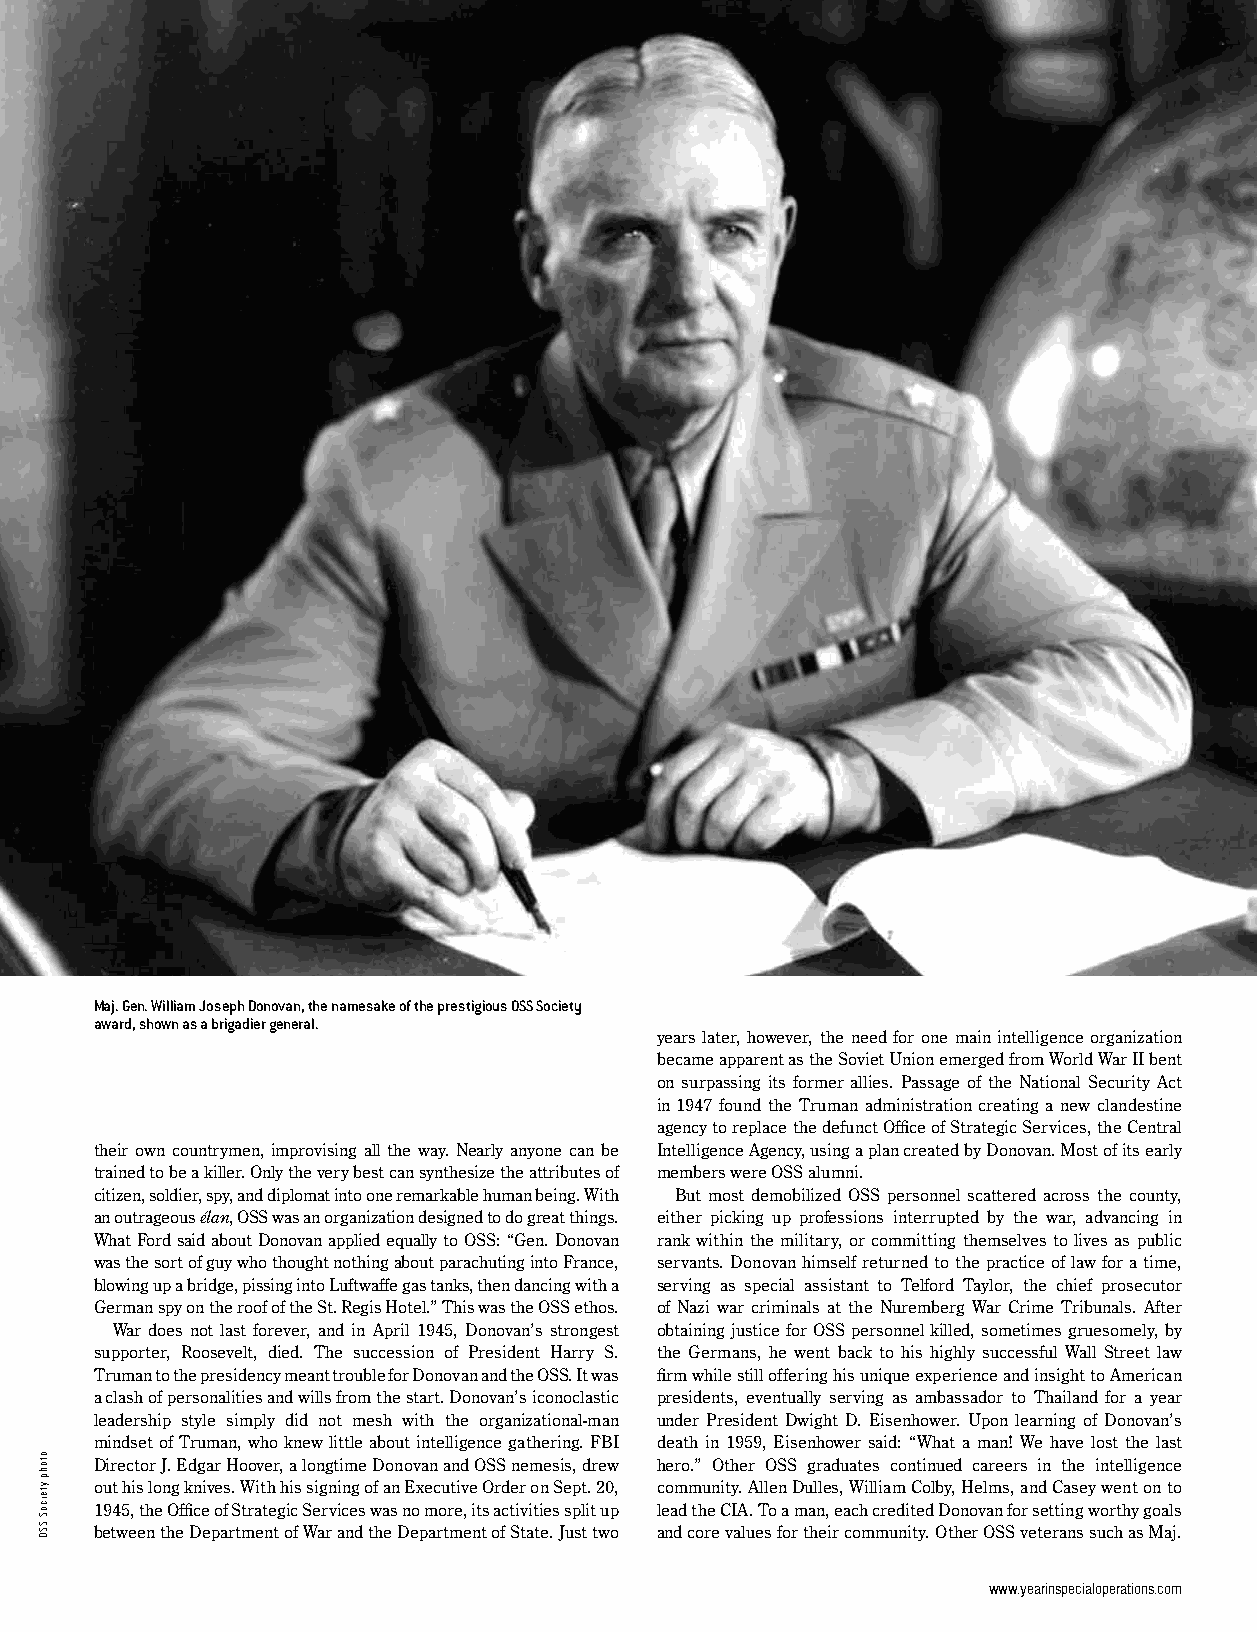
oss society 89 89
 Maj. Gen. William Joseph Donovan, the namesake of the prestigious OSS Society
 award, shown as a brigadier general.
 years later, however, the need for one main intelligence organization
 became apparent as the Soviet Union emerged from World War II bent
 on surpassing its former allies. Passage of the National Security Act
 in 1947 found the Truman administration creating a new clandestine
 agency to replace the defunct Office of Strategic Services, the Central
 their own countrymen, improvising all the way. Nearly anyone can be Intelligence Agency, using a plan created by Donovan. Most of its early
 trained to be a killer. Only the very best can synthesize the attributes of members were OSS alumni.
 citizen, soldier, spy, and diplomat into one remarkable human being. With But most demobilized OSS personnel scattered across the county,
 an outrageous élan, OSS was an organization designed to do great things. either picking up professions interrupted by the war, advancing in
 What Ford said about Donovan applied equally to OSS: “Gen. Donovan rank within the military, or committing themselves to lives as public
 was the sort of guy who thought nothing about parachuting into France, servants. Donovan himself returned to the practice of law for a time,
 blowing up a bridge, pissing into Luftwaffe gas tanks, then dancing with a serving as special assistant to Telford Taylor, the chief prosecutor
 German spy on the roof of the St. Regis Hotel.” This was the OSS ethos. of Nazi war criminals at the Nuremberg War Crime Tribunals. After
 War does not last forever, and in April 1945, Donovan’s strongest obtaining justice for OSS personnel killed, sometimes gruesomely, by
 supporter, Roosevelt, died. The succession of President Harry S. the Germans, he went back to his highly successful Wall Street law
 Truman to the presidency meant trouble for Donovan and the OSS. It was firm while still offering his unique experience and insight to American
 a clash of personalities and wills from the start. Donovan’s iconoclastic presidents, eventually serving as ambassador to Thailand for a year
 leadership style simply did not mesh with the organizational-man under President Dwight D. Eisenhower. Upon learning of Donovan’s
 mindset of Truman, who knew little about intelligence gathering. FBI death in 1959, Eisenhower said: “What a man! We have lost the last
 Director J. Edgar Hoover, a longtime Donovan and OSS nemesis, drew hero.” Other OSS graduates continued careers in the intelligence
 out his long knives. With his signing of an Executive Order on Sept. 20, community. Allen Dulles, William Colby, Helms, and Casey went on to
 1945, the Office of Strategic Services was no more, its activities split up lead the CIA. To a man, each credited Donovan for setting worthy goals
 between the Department of War and the Department of State. Just two and core values for their community. Other OSS veterans such as Maj.
 www.yearinspecialoperations.com
 otohp
 yteicoS
 SSO